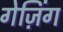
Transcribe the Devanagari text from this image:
गेज़िंग